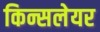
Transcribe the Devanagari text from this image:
किन्सलेयर